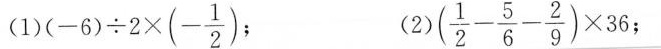
(1) $$(-6)\div 2 \times(- \frac{1}{2})$$ ； $$(\frac{1}{2}- \frac{5}{6}- \frac{2}{9})\times 36$$；